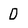
Character: 0